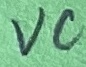
Text: VC